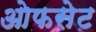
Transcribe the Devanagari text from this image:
ओफसेट